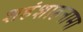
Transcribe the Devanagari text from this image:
शहंशाहनामा